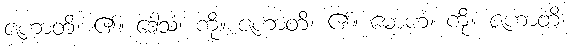
ဇဟာတိ၊ ၏။ ဒေါသံ၊ ကို။ ဇဟာတိ၊ ၏။ မောဟံ၊ ကို။ ဇဟာတိ၊